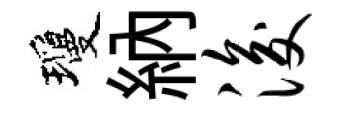
瓊納浚